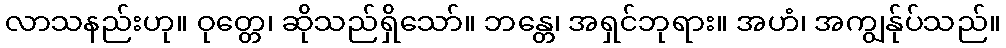
လာသနည်းဟု။ ဝုတ္တေ၊ ဆိုသည်ရှိသော်။ ဘန္တေ၊ အရှင်ဘုရား။ အဟံ၊ အကျွန်ုပ်သည်။